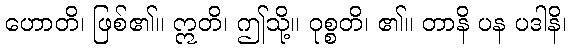
ဟောတိ၊ ဖြစ်၏။ ဣတိ၊ ဤသို့။ ဝုစ္စတိ၊ ၏။ တာနိ ပန ပဒါနိ၊